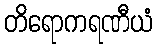
တိရောကရဏီယံ